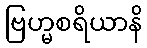
ဗြဟ္မစရိယာနိ